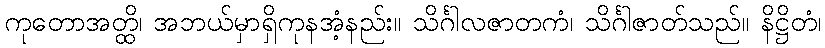
ကုတောအတ္ထိ၊ အဘယ်မှာရှိကုနအံ့နည်း။ သိင်္ဂါလဇာတကံ၊ သိင်္ဂါဇာတ်သည်။ နိဋ္ဌိတံ၊